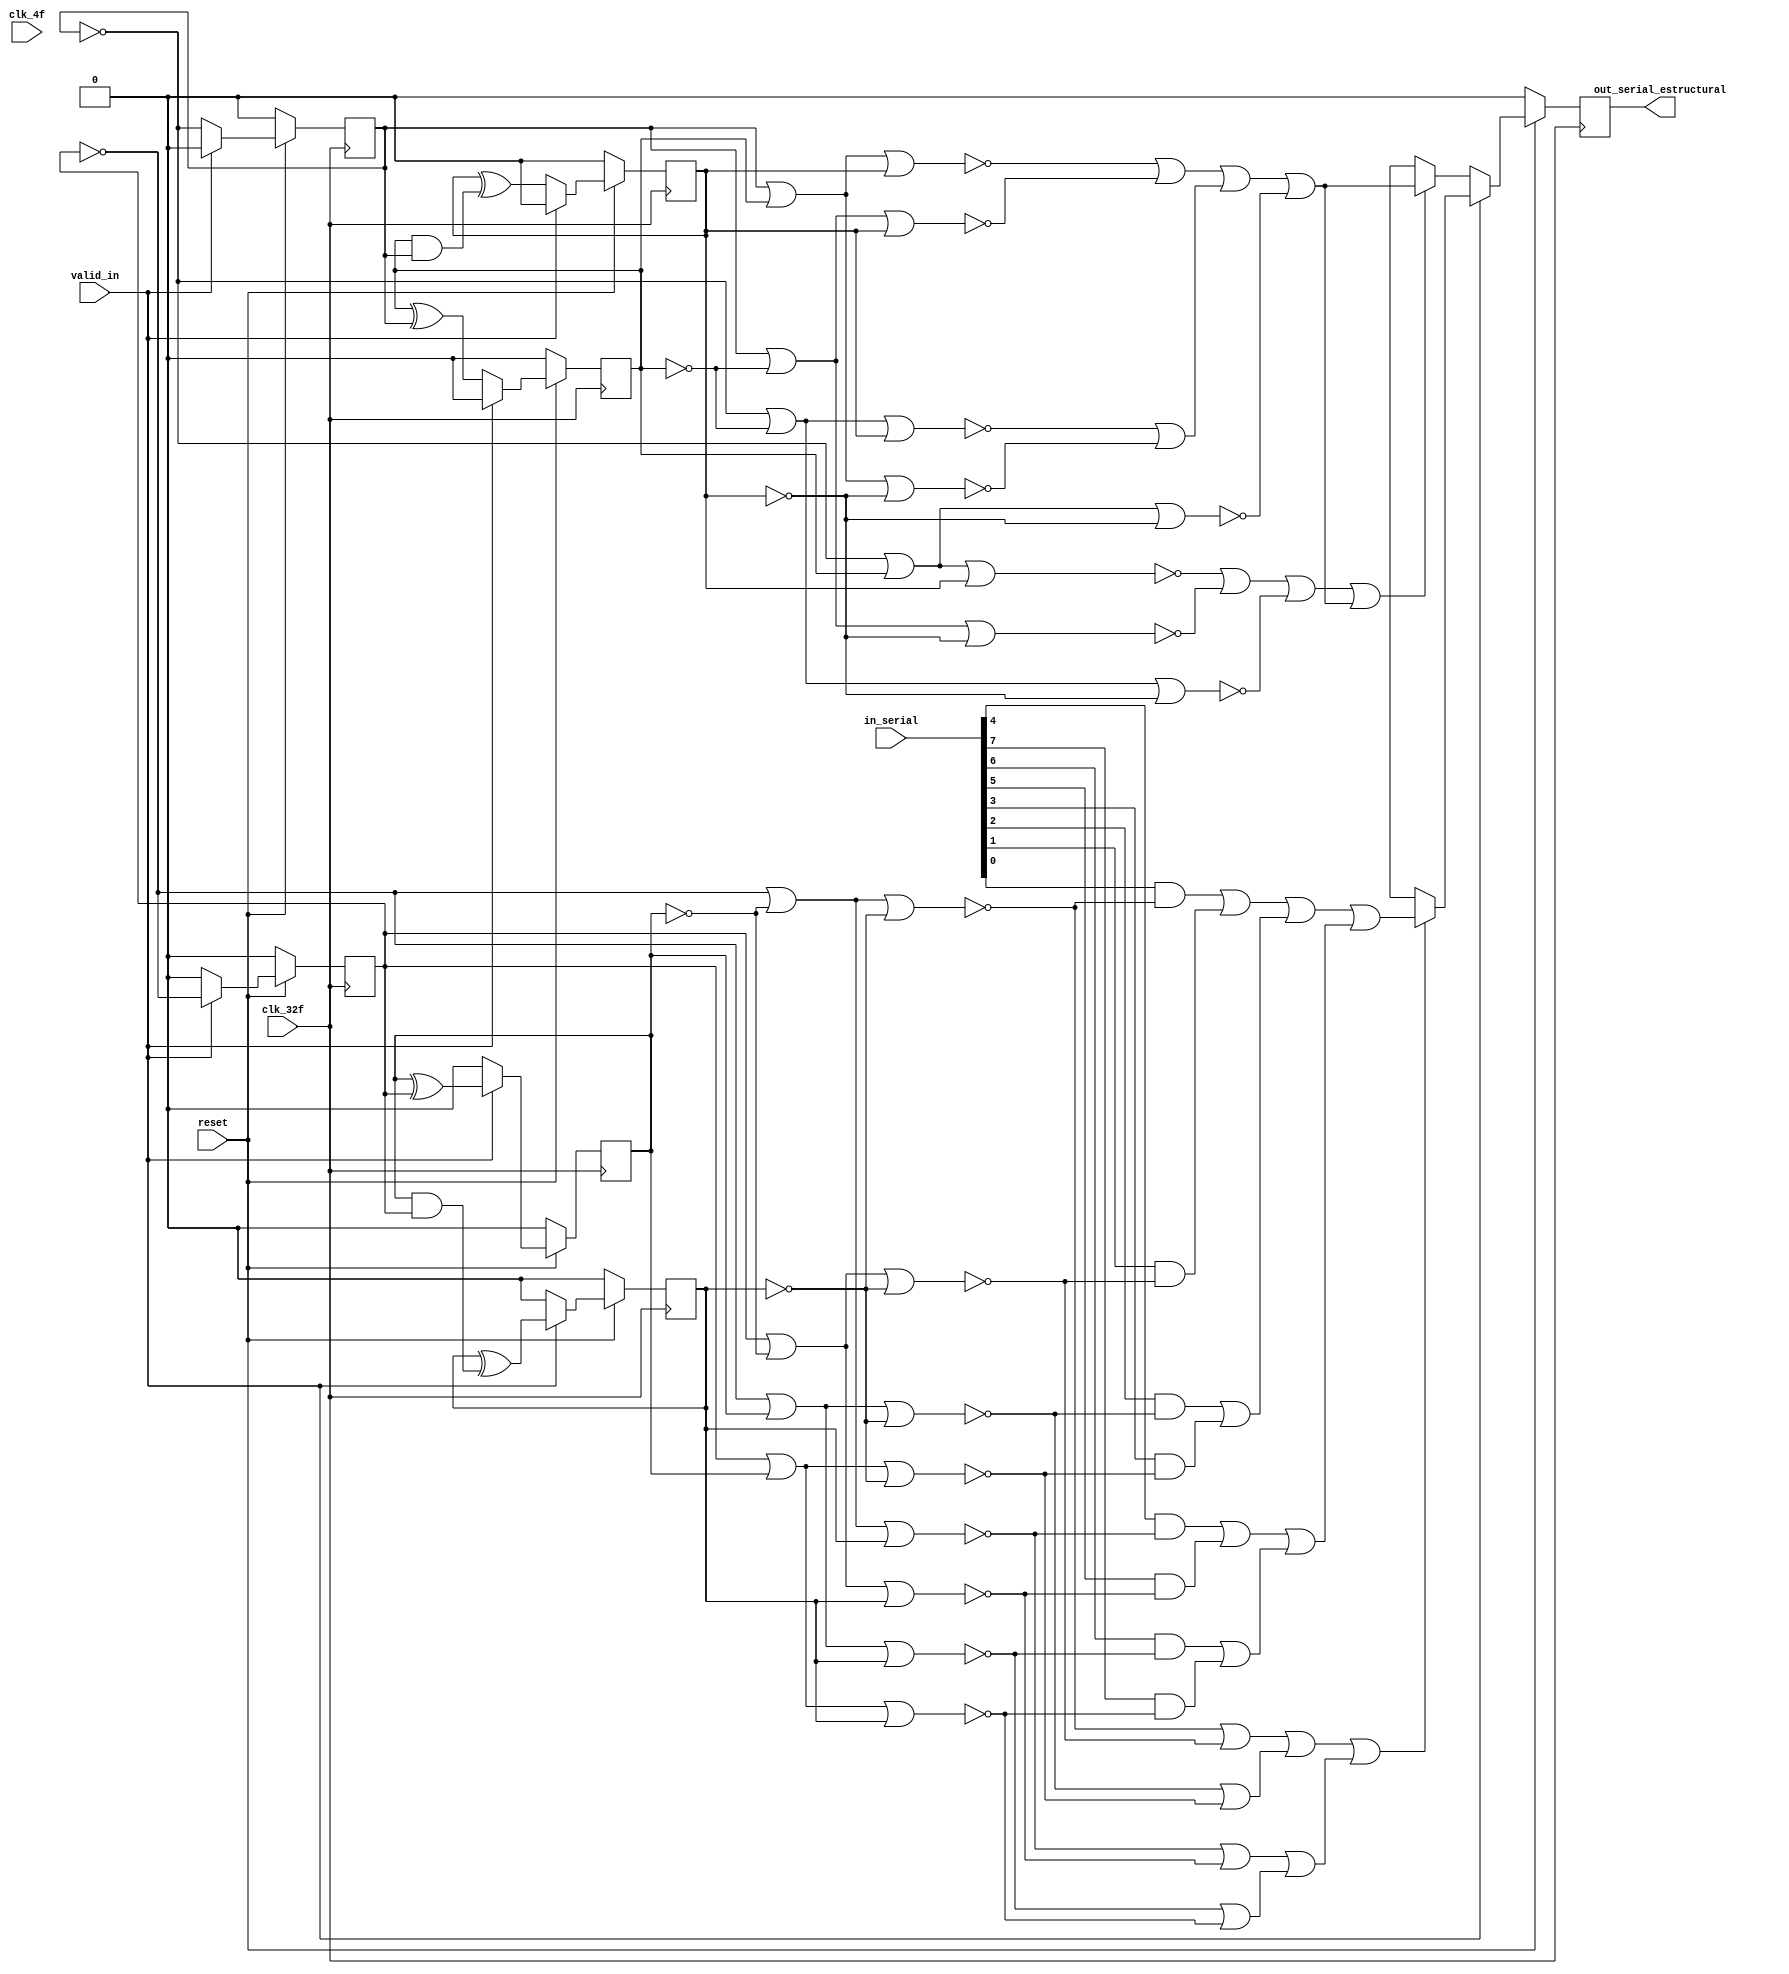
/* Generated by Yosys 0.9 (git sha1 1979e0b) */

(* top =  1  *)
(* src = "synth_paralelo.v:1" *)
module synth_paralelo(clk_4f, clk_32f, in_serial, valid_in, reset, out_serial_estructural);
  (* src = "synth_paralelo.v:11" *)
  wire _000_;
  (* src = "synth_paralelo.v:11" *)
  wire [2:0] _001_;
  (* src = "synth_paralelo.v:11" *)
  wire [2:0] _002_;
  (* src = "synth_paralelo.v:29" *)
  (* unused_bits = "3" *)
  wire [31:0] _003_;
  (* src = "synth_paralelo.v:46" *)
  (* unused_bits = "3" *)
  wire [31:0] _004_;
  wire _005_;
  wire _006_;
  wire _007_;
  wire _008_;
  wire _009_;
  wire _010_;
  wire _011_;
  wire _012_;
  wire _013_;
  wire _014_;
  wire [1:0] _015_;
  wire _016_;
  wire [3:0] _017_;
  wire [1:0] _018_;
  wire [3:0] _019_;
  wire [1:0] _020_;
  wire _021_;
  wire _022_;
  wire _023_;
  wire [2:0] _024_;
  wire [2:0] _025_;
  wire _026_;
  wire _027_;
  wire _028_;
  wire _029_;
  wire _030_;
  wire _031_;
  wire _032_;
  wire _033_;
  wire _034_;
  wire _035_;
  wire _036_;
  wire _037_;
  wire _038_;
  wire _039_;
  wire _040_;
  wire _041_;
  wire _042_;
  wire _043_;
  wire _044_;
  wire _045_;
  wire _046_;
  wire _047_;
  wire _048_;
  (* src = "synth_paralelo.v:24|paralelo_serial.v:16|<techmap.v>:432" *)
  wire [7:0] _049_;
  (* src = "synth_paralelo.v:24|paralelo_serial.v:16|<techmap.v>:428" *)
  wire _050_;
  wire _051_;
  wire _052_;
  wire _053_;
  wire _054_;
  wire _055_;
  wire _056_;
  wire _057_;
  wire _058_;
  wire _059_;
  wire _060_;
  wire [2:0] _061_;
  wire [2:0] _062_;
  (* src = "synth_paralelo.v:29|<techmap.v>:260|<techmap.v>:203" *)
  (* unused_bits = "2" *)
  wire [31:0] _063_;
  (* src = "synth_paralelo.v:46|paralelo_serial.v:29|<techmap.v>:260|<techmap.v>:203" *)
  (* unused_bits = "2" *)
  wire [31:0] _064_;
  (* src = "synth_paralelo.v:41|paralelo_serial.v:33|<techmap.v>:445" *)
  wire _065_;
  (* src = "synth_paralelo.v:24|paralelo_serial.v:16|<techmap.v>:445" *)
  wire _066_;
  (* src = "synth_paralelo.v:2" *)
  input clk_32f;
  (* src = "synth_paralelo.v:1" *)
  input clk_4f;
  (* src = "synth_paralelo.v:3" *)
  input [7:0] in_serial;
  (* src = "synth_paralelo.v:6" *)
  output out_serial_estructural;
  reg out_serial_estructural;
  (* src = "synth_paralelo.v:5" *)
  input reset;
  (* src = "synth_paralelo.v:8" *)
  reg [2:0] selector;
  (* src = "synth_paralelo.v:9" *)
  reg [2:0] selector_2;
  (* src = "synth_paralelo.v:4" *)
  input valid_in;
  assign _026_ = _007_ |(* src = "synth_paralelo.v:41|paralelo_serial.v:33" *)  _024_[2];
  assign _027_ = _008_ |(* src = "synth_paralelo.v:40|paralelo_serial.v:33" *)  _024_[2];
  assign _028_ = _009_ |(* src = "synth_paralelo.v:39|paralelo_serial.v:33" *)  _024_[2];
  assign _029_ = _010_ |(* src = "synth_paralelo.v:38|paralelo_serial.v:33" *)  _024_[2];
  assign _007_ = _004_[0] |(* src = "synth_paralelo.v:37|paralelo_serial.v:33" *)  _024_[1];
  assign _030_ = _007_ |(* src = "synth_paralelo.v:37|paralelo_serial.v:33" *)  selector[2];
  assign _008_ = selector[0] |(* src = "synth_paralelo.v:36|paralelo_serial.v:33" *)  _024_[1];
  assign _031_ = _008_ |(* src = "synth_paralelo.v:36|paralelo_serial.v:33" *)  selector[2];
  assign _009_ = _004_[0] |(* src = "synth_paralelo.v:35|paralelo_serial.v:33" *)  selector[1];
  assign _032_ = _009_ |(* src = "synth_paralelo.v:35|paralelo_serial.v:33" *)  selector[2];
  assign _033_ = _011_ |(* src = "synth_paralelo.v:24|paralelo_serial.v:16" *)  _025_[2];
  assign _012_ = selector_2[0] |(* src = "synth_paralelo.v:23|paralelo_serial.v:16" *)  _025_[1];
  assign _034_ = _012_ |(* src = "synth_paralelo.v:23|paralelo_serial.v:16" *)  _025_[2];
  assign _013_ = _003_[0] |(* src = "synth_paralelo.v:22|paralelo_serial.v:16" *)  selector_2[1];
  assign _035_ = _013_ |(* src = "synth_paralelo.v:22|paralelo_serial.v:16" *)  _025_[2];
  assign _036_ = _014_ |(* src = "synth_paralelo.v:21|paralelo_serial.v:16" *)  _025_[2];
  assign _011_ = _003_[0] |(* src = "synth_paralelo.v:20|paralelo_serial.v:16" *)  _025_[1];
  assign _037_ = _011_ |(* src = "synth_paralelo.v:20|paralelo_serial.v:16" *)  selector_2[2];
  assign _038_ = _012_ |(* src = "synth_paralelo.v:19|paralelo_serial.v:16" *)  selector_2[2];
  assign _039_ = _013_ |(* src = "synth_paralelo.v:18|paralelo_serial.v:16" *)  selector_2[2];
  assign _015_[0] = _048_ | _046_;
  assign _015_[1] = _045_ | _044_;
  assign _016_ = _015_[0] | _015_[1];
  assign _006_ = _016_ | _043_;
  assign _065_ = _005_ |(* src = "synth_paralelo.v:41|paralelo_serial.v:33|<techmap.v>:445" *)  _006_;
  assign _017_[0] = _049_[0] |(* src = "synth_paralelo.v:24|paralelo_serial.v:16|<techmap.v>:441" *)  _049_[1];
  assign _017_[1] = _049_[2] |(* src = "synth_paralelo.v:24|paralelo_serial.v:16|<techmap.v>:441" *)  _049_[3];
  assign _017_[2] = _049_[4] |(* src = "synth_paralelo.v:24|paralelo_serial.v:16|<techmap.v>:441" *)  _049_[5];
  assign _017_[3] = _049_[6] |(* src = "synth_paralelo.v:24|paralelo_serial.v:16|<techmap.v>:441" *)  _049_[7];
  assign _018_[0] = _017_[0] |(* src = "synth_paralelo.v:24|paralelo_serial.v:16|<techmap.v>:441" *)  _017_[1];
  assign _018_[1] = _017_[2] |(* src = "synth_paralelo.v:24|paralelo_serial.v:16|<techmap.v>:441" *)  _017_[3];
  assign _050_ = _018_[0] |(* src = "synth_paralelo.v:24|paralelo_serial.v:16|<techmap.v>:441" *)  _018_[1];
  assign _019_[0] = _052_ |(* src = "synth_paralelo.v:24|paralelo_serial.v:16|<techmap.v>:445" *)  _053_;
  assign _019_[1] = _054_ |(* src = "synth_paralelo.v:24|paralelo_serial.v:16|<techmap.v>:445" *)  _055_;
  assign _019_[2] = _056_ |(* src = "synth_paralelo.v:24|paralelo_serial.v:16|<techmap.v>:445" *)  _057_;
  assign _019_[3] = _058_ |(* src = "synth_paralelo.v:24|paralelo_serial.v:16|<techmap.v>:445" *)  _059_;
  assign _020_[0] = _019_[0] |(* src = "synth_paralelo.v:24|paralelo_serial.v:16|<techmap.v>:445" *)  _019_[1];
  assign _020_[1] = _019_[2] |(* src = "synth_paralelo.v:24|paralelo_serial.v:16|<techmap.v>:445" *)  _019_[3];
  assign _066_ = _020_[0] |(* src = "synth_paralelo.v:24|paralelo_serial.v:16|<techmap.v>:445" *)  _020_[1];
  assign _021_ = _047_ | _042_;
  assign _005_ = _021_ | _041_;
  assign _010_ = selector[0] |(* src = "synth_paralelo.v:34|paralelo_serial.v:33" *)  selector[1];
  assign _022_ = _010_ |(* src = "synth_paralelo.v:34|paralelo_serial.v:33" *)  selector[2];
  assign _014_ = selector_2[0] |(* src = "synth_paralelo.v:17|paralelo_serial.v:16" *)  selector_2[1];
  assign _023_ = _014_ |(* src = "synth_paralelo.v:17|paralelo_serial.v:16" *)  selector_2[2];
  assign _041_ = ~(* src = "synth_paralelo.v:41|paralelo_serial.v:33" *) _026_;
  assign _042_ = ~(* src = "synth_paralelo.v:40|paralelo_serial.v:33" *) _027_;
  assign _043_ = ~(* src = "synth_paralelo.v:39|paralelo_serial.v:33" *) _028_;
  assign _044_ = ~(* src = "synth_paralelo.v:38|paralelo_serial.v:33" *) _029_;
  assign _045_ = ~(* src = "synth_paralelo.v:37|paralelo_serial.v:33" *) _030_;
  assign _046_ = ~(* src = "synth_paralelo.v:36|paralelo_serial.v:33" *) _031_;
  assign _047_ = ~(* src = "synth_paralelo.v:35|paralelo_serial.v:33" *) _032_;
  assign _048_ = ~(* src = "synth_paralelo.v:34|paralelo_serial.v:33" *) _022_;
  assign _052_ = ~(* src = "synth_paralelo.v:24|paralelo_serial.v:16" *) _033_;
  assign _053_ = ~(* src = "synth_paralelo.v:23|paralelo_serial.v:16" *) _034_;
  assign _054_ = ~(* src = "synth_paralelo.v:22|paralelo_serial.v:16" *) _035_;
  assign _055_ = ~(* src = "synth_paralelo.v:21|paralelo_serial.v:16" *) _036_;
  assign _056_ = ~(* src = "synth_paralelo.v:20|paralelo_serial.v:16" *) _037_;
  assign _057_ = ~(* src = "synth_paralelo.v:19|paralelo_serial.v:16" *) _038_;
  assign _058_ = ~(* src = "synth_paralelo.v:18|paralelo_serial.v:16" *) _039_;
  assign _059_ = ~(* src = "synth_paralelo.v:17|paralelo_serial.v:16" *) _023_;
  assign _001_[0] = reset ? (* src = "synth_paralelo.v:13" *) _062_[0] : 1'h0;
  assign _001_[1] = reset ? (* src = "synth_paralelo.v:13" *) _062_[1] : 1'h0;
  assign _001_[2] = reset ? (* src = "synth_paralelo.v:13" *) _062_[2] : 1'h0;
  assign _060_ = valid_in ? (* src = "synth_paralelo.v:14" *) _051_ : _040_;
  assign _000_ = reset ? (* src = "synth_paralelo.v:13" *) _060_ : 1'h0;
  assign _061_[0] = valid_in ? (* src = "synth_paralelo.v:14" *) _003_[0] : 1'h0;
  assign _061_[1] = valid_in ? (* src = "synth_paralelo.v:14" *) _003_[1] : 1'h0;
  assign _061_[2] = valid_in ? (* src = "synth_paralelo.v:14" *) _003_[2] : 1'h0;
  assign _002_[0] = reset ? (* src = "synth_paralelo.v:13" *) _061_[0] : 1'h0;
  assign _002_[1] = reset ? (* src = "synth_paralelo.v:13" *) _061_[1] : 1'h0;
  assign _002_[2] = reset ? (* src = "synth_paralelo.v:13" *) _061_[2] : 1'h0;
  assign _040_ = _065_ ? (* src = "synth_paralelo.v:41|paralelo_serial.v:33|<techmap.v>:445" *) _006_ : 1'hx;
  assign _051_ = _066_ ? (* src = "synth_paralelo.v:24|paralelo_serial.v:16|<techmap.v>:445" *) _050_ : 1'hx;
  assign _062_[0] = valid_in ? (* src = "synth_paralelo.v:14" *) 1'h0 : _004_[0];
  assign _062_[1] = valid_in ? (* src = "synth_paralelo.v:14" *) 1'h0 : _004_[1];
  assign _062_[2] = valid_in ? (* src = "synth_paralelo.v:14" *) 1'h0 : _004_[2];
  (* src = "synth_paralelo.v:11" *)
  always @(posedge clk_32f)
      selector[0] <= _001_[0];
  (* src = "synth_paralelo.v:11" *)
  always @(posedge clk_32f)
      selector[1] <= _001_[1];
  (* src = "synth_paralelo.v:11" *)
  always @(posedge clk_32f)
      selector[2] <= _001_[2];
  (* src = "synth_paralelo.v:11" *)
  always @(posedge clk_32f)
      selector_2[0] <= _002_[0];
  (* src = "synth_paralelo.v:11" *)
  always @(posedge clk_32f)
      selector_2[1] <= _002_[1];
  (* src = "synth_paralelo.v:11" *)
  always @(posedge clk_32f)
      selector_2[2] <= _002_[2];
  (* src = "synth_paralelo.v:11" *)
  always @(posedge clk_32f)
      out_serial_estructural <= _000_;
  assign _064_[1] = selector[1] &(* src = "synth_paralelo.v:46|paralelo_serial.v:29|<techmap.v>:260|<techmap.v>:221" *)  selector[0];
  assign _024_[2] = selector[2] ^(* src = "synth_paralelo.v:38|paralelo_serial.v:33" *)  1'h1;
  assign _024_[1] = selector[1] ^(* src = "synth_paralelo.v:36|paralelo_serial.v:33" *)  1'h1;
  assign _004_[0] = selector[0] ^(* src = "synth_paralelo.v:35|paralelo_serial.v:33" *)  1'h1;
  assign _025_[2] = selector_2[2] ^(* src = "synth_paralelo.v:21|paralelo_serial.v:16" *)  1'h1;
  assign _025_[1] = selector_2[1] ^(* src = "synth_paralelo.v:19|paralelo_serial.v:16" *)  1'h1;
  assign _003_[0] = selector_2[0] ^(* src = "synth_paralelo.v:18|paralelo_serial.v:16" *)  1'h1;
  assign _049_[4] = in_serial[4] &(* src = "synth_paralelo.v:24|paralelo_serial.v:16|<techmap.v>:434" *)  _056_;
  assign _049_[7] = in_serial[7] &(* src = "synth_paralelo.v:24|paralelo_serial.v:16|<techmap.v>:434" *)  _059_;
  assign _049_[6] = in_serial[6] &(* src = "synth_paralelo.v:24|paralelo_serial.v:16|<techmap.v>:434" *)  _058_;
  assign _049_[5] = in_serial[5] &(* src = "synth_paralelo.v:24|paralelo_serial.v:16|<techmap.v>:434" *)  _057_;
  assign _049_[3] = in_serial[3] &(* src = "synth_paralelo.v:24|paralelo_serial.v:16|<techmap.v>:434" *)  _055_;
  assign _049_[2] = in_serial[2] &(* src = "synth_paralelo.v:24|paralelo_serial.v:16|<techmap.v>:434" *)  _054_;
  assign _049_[1] = in_serial[1] &(* src = "synth_paralelo.v:24|paralelo_serial.v:16|<techmap.v>:434" *)  _053_;
  assign _049_[0] = in_serial[0] &(* src = "synth_paralelo.v:24|paralelo_serial.v:16|<techmap.v>:434" *)  _052_;
  assign _003_[1] = selector_2[1] ^(* src = "synth_paralelo.v:29|<techmap.v>:263" *)  selector_2[0];
  assign _003_[2] = selector_2[2] ^(* src = "synth_paralelo.v:29|<techmap.v>:263" *)  _063_[1];
  assign _004_[1] = selector[1] ^(* src = "synth_paralelo.v:46|paralelo_serial.v:29|<techmap.v>:263" *)  selector[0];
  assign _004_[2] = selector[2] ^(* src = "synth_paralelo.v:46|paralelo_serial.v:29|<techmap.v>:263" *)  _064_[1];
  assign _063_[1] = selector_2[1] &(* src = "synth_paralelo.v:29|<techmap.v>:260|<techmap.v>:221" *)  selector_2[0];
  assign _003_[31:4] = 28'h0000000;
  assign _004_[31:4] = 28'h0000000;
  assign _024_[0] = _004_[0];
  assign _025_[0] = _003_[0];
  assign { _063_[31:2], _063_[0] } = { 29'h00000000, _003_[3], selector_2[0] };
  assign { _064_[31:2], _064_[0] } = { 29'h00000000, _004_[3], selector[0] };
endmodule